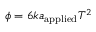
\phi = 6 k a _ { \mathrm { a p p l i e d } } T ^ { 2 }